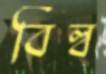
বিল্ব